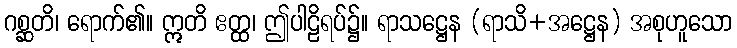
ဂစ္ဆတိ၊ ရောက်၏။ ဣတိ ဧတ္ထ၊ ဤပါဠိရပ်၌။ ရာသဋ္ဌေန (ရာသိ+အဋ္ဌေန) အစုဟူသော